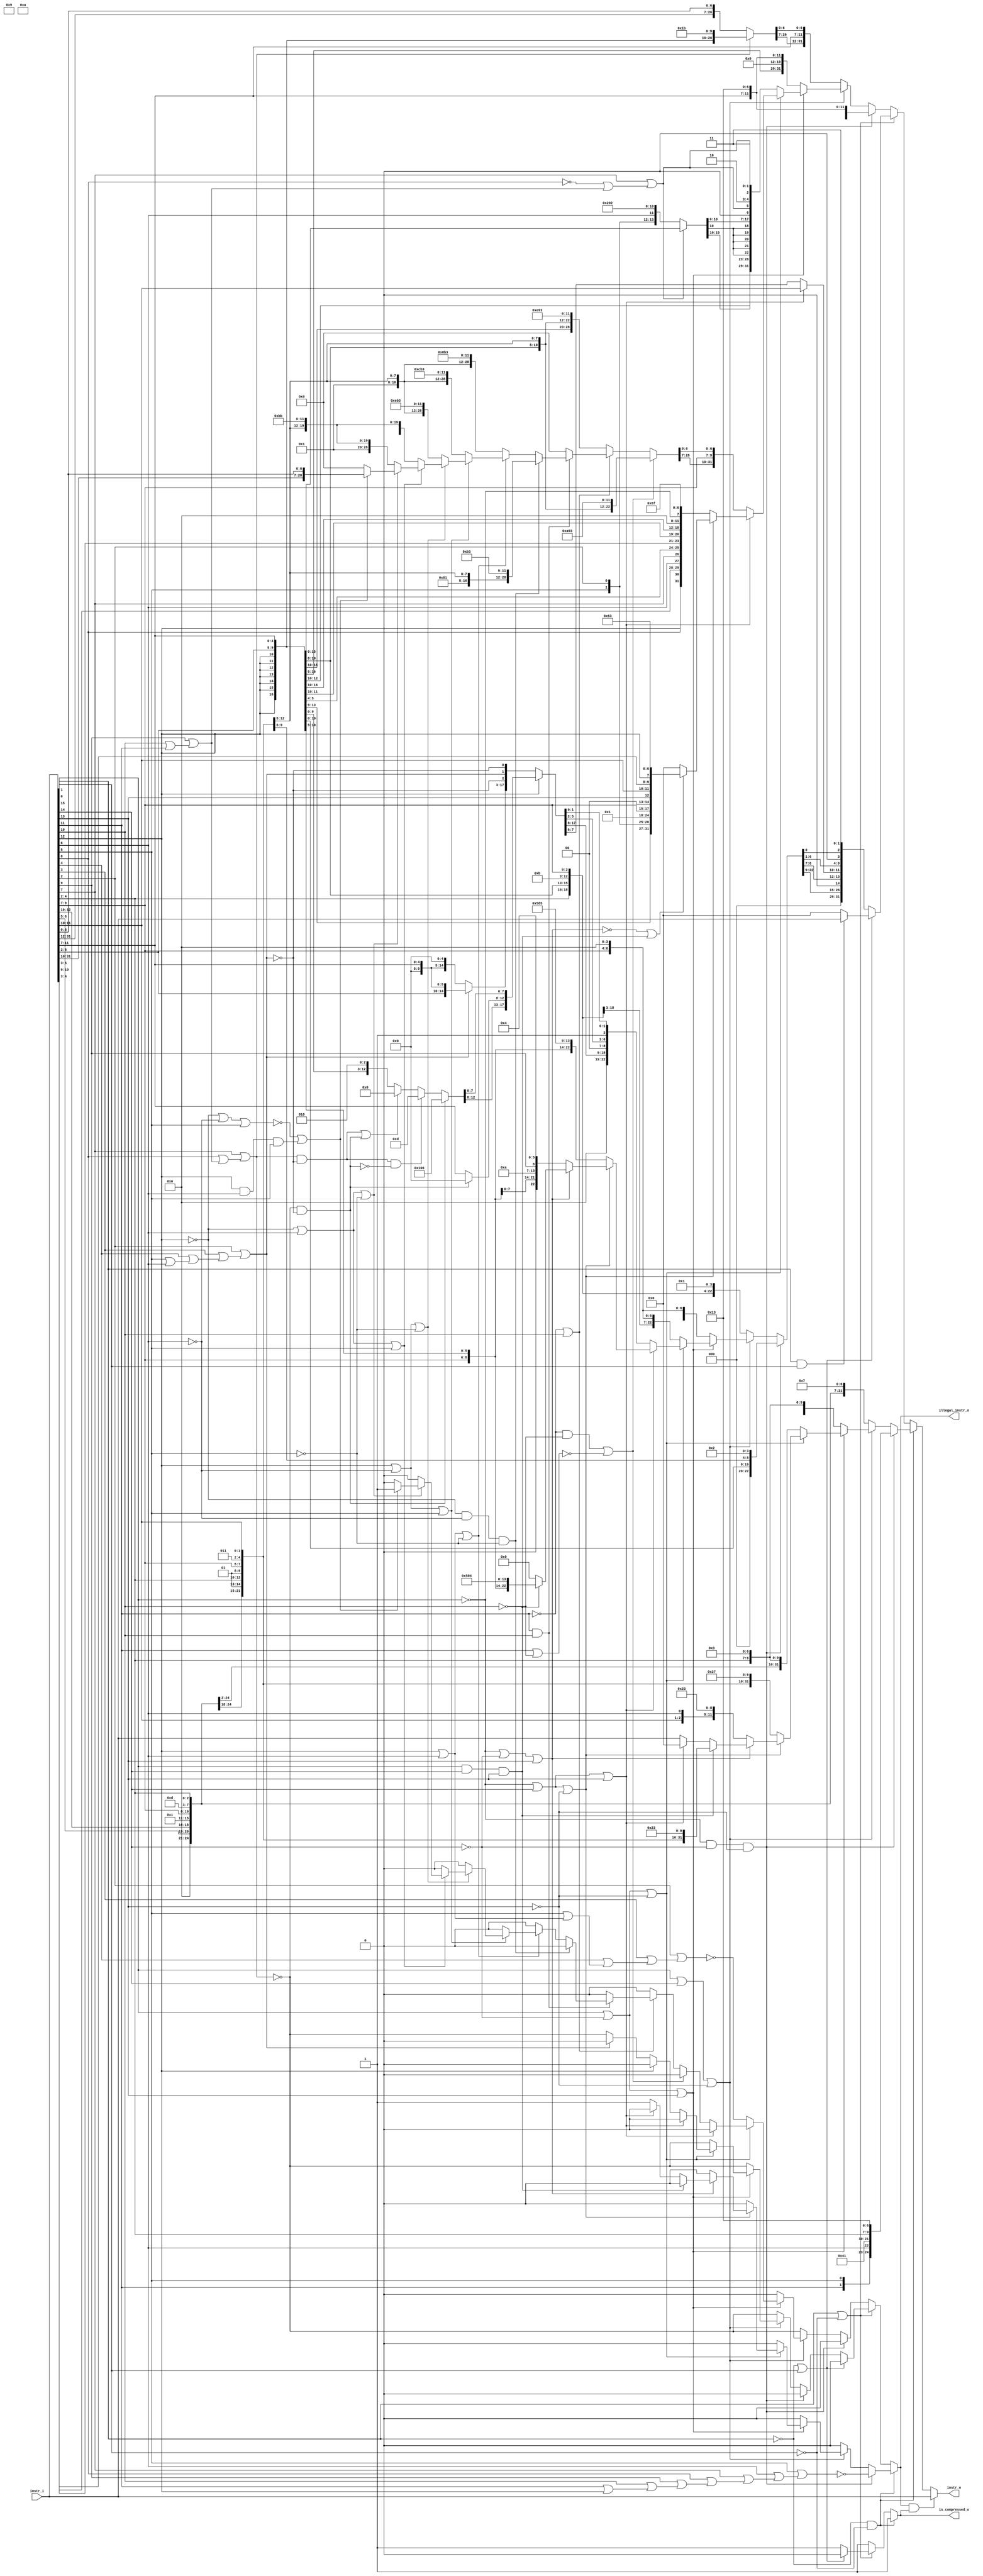
module compressed_decoder
(
  instr_i,
  instr_o,
  illegal_instr_o,
  is_compressed_o
);

  input [31:0] instr_i;
  output [31:0] instr_o;
  output illegal_instr_o;
  output is_compressed_o;
  wire [31:0] instr_o;
  wire illegal_instr_o,is_compressed_o,N0,N1,N2,N3,N4,N5,N6,N7,N8,N9,N10,N11,N12,N13,
  N14,N15,N16,N17,N18,N19,N20,N21,N22,N23,N24,N25,N26,N27,N28,N29,N30,N31,N32,N33,
  N34,N35,N36,N37,N38,N39,N40,N41,N42,N43,N44,N45,N46,N47,N48,N49,N50,N51,N52,N53,
  N54,N55,N56,N57,N58,N59,N60,N61,N62,N63,N64,N65,N66,N67,N68,N69,N70,N71,N72,N73,
  N74,N75,N76,N77,N78,N79,N80,N81,N82,N83,N84,N85,N86,N87,N88,N89,N90,N91,N92,N93,
  N94,N95,N96,N97,N98,N99,N100,N101,N102,N103,N104,N105,N106,N107,N108,N109,N110,
  N111,N112,N113,N114,N115,N116,N117,N118,N119,N120,N121,N122,N123,N124,N125,N126,
  N127,N128,N129,N130,N131,N132,N133,N134,N135,N136,N137,N138,N139,N140,N141,N142,
  N143,N144,N145,N146,N147,N148,N149,N150,N151,N152,N153,N154,N155,N156,N157,N158,
  N159,N160,N161,N162,N163,N164,N165,N166,N167,N168,N169,N170,N171,N172,N173,N174,
  N175,N176,N177,N178,N179,N180,N181,N182,N183,N184,N185,N186,N187,N188,N189,N190,
  N191,N192,N193,N194,N195,N196,N197,N198,N199,N200,N201,N202,N203,N204,N205,N206,
  N207,N208,N209,N210,N211,N212,N213,N214,N215,N216,N217,N218,N219,N220,N221,N222,
  N223,N224,N225,N226,N227,N228,N229,N230,N231,N232,N233,N234,N235,N236,N237,N238,
  N239,N240,N241,N242,N243,N244,N245,N246,N247,N248,N249,N250,N251,N252,N253,N254,
  N255,N256,N257,N258,N259,N260,N261,N262,N263,N264,N265,N266,N267,N268,N269,N270,
  N271,N272,N273,N274,N275,N276,N277,N278,N279,N280,N281,N282,N283,N284,N285,N286,
  N287,N288,N289,N290,N291,N292,N293,N294,N295,N296,N297,N298,N299,N300,N301,N302,
  N303,N304,N305,N306,N307,N308,N309,N310,N311,N312,N313,N314,N315,N316,N317,N318,
  N319,N320,N321,N322,N323,N324,N325,N326,N327,N328,N329,N330,N331,N332,N333,N334,
  N335,N336,N337,N338,N339,N340,N341,N342,N343,N344,N345,N346,N347,N348,N349,N350,
  N351,N352,N353,N354,N355,N356,N357,N358,N359,N360,N361,N362,N363,N364,N365,N366,
  N367,N368,N369,N370,N371,N372,N373,N374,N375,N376,N377,N378,N379,N380,N381,N382,
  N383,N384,N385,N386,N387,N388,N389,N390,N391,N392,N393,N394,N395,N396,N397,N398,
  N399,N400,N401,N402,N403,N404,N405,N406,N407,N408,N409,N410,N411,N412,N413,N414,
  N415;
  assign N36 = N34 & N35;
  assign N37 = instr_i[1] | N35;
  assign N39 = N34 | instr_i[0];
  assign N41 = instr_i[1] & instr_i[0];
  assign N44 = N231 & N42;
  assign N45 = N44 & N43;
  assign N46 = instr_i[15] | instr_i[14];
  assign N47 = N46 | N43;
  assign N49 = instr_i[15] | N42;
  assign N50 = N49 | instr_i[13];
  assign N52 = N49 | N43;
  assign N54 = N231 | instr_i[14];
  assign N55 = N54 | N43;
  assign N57 = N231 | N42;
  assign N58 = N57 | instr_i[13];
  assign N60 = instr_i[15] & instr_i[14];
  assign N61 = N60 & instr_i[13];
  assign N62 = N54 | instr_i[13];
  assign N143 = N141 & N142;
  assign N144 = instr_i[11] | N142;
  assign N146 = N141 | instr_i[10];
  assign N148 = instr_i[11] & instr_i[10];
  assign N151 = N413 & N149;
  assign N152 = N151 & N150;
  assign N153 = instr_i[12] | instr_i[6];
  assign N154 = N153 | N150;
  assign N156 = instr_i[12] | N149;
  assign N157 = N156 | instr_i[5];
  assign N159 = N156 | N150;
  assign N161 = N413 | instr_i[6];
  assign N162 = N161 | instr_i[5];
  assign N164 = N161 | N150;
  assign N166 = N413 | N149;
  assign N167 = N166 | instr_i[5];
  assign N168 = instr_i[12] & instr_i[6];
  assign N169 = N168 & instr_i[5];
  assign N385 = ~instr_i[8];
  assign N386 = instr_i[10] | instr_i[11];
  assign N387 = instr_i[9] | N386;
  assign N388 = N385 | N387;
  assign N389 = instr_i[7] | N388;
  assign N390 = ~N389;
  assign N391 = instr_i[5] | instr_i[6];
  assign N392 = instr_i[4] | N391;
  assign N393 = instr_i[3] | N392;
  assign N394 = instr_i[2] | N393;
  assign N395 = ~N394;
  assign N396 = instr_i[8] | N387;
  assign N397 = instr_i[7] | N396;
  assign N398 = ~N397;
  assign N399 = instr_i[11] | instr_i[12];
  assign N400 = instr_i[10] | N399;
  assign N401 = instr_i[9] | N400;
  assign N402 = instr_i[8] | N401;
  assign N403 = instr_i[7] | N402;
  assign N404 = instr_i[6] | N403;
  assign N405 = instr_i[5] | N404;
  assign N406 = ~N405;
  assign N407 = instr_i[6] | instr_i[12];
  assign N408 = instr_i[5] | N407;
  assign N409 = instr_i[4] | N408;
  assign N410 = instr_i[3] | N409;
  assign N411 = instr_i[2] | N410;
  assign N412 = ~N411;
  assign N413 = ~instr_i[12];
  assign { N95, N94, N93, N92, N91, N90, N89, N88, N87, N86, N85, N84, N83, N82, N81, N80, N79, N78, N77, N76, N75, N74, N73, N72, N71, N70, N69, N68, N67, N66, N65, N64 } = (N0)? { 1'b0, 1'b0, instr_i[10:7], instr_i[12:11], instr_i[5:5], instr_i[6:6], 1'b0, 1'b0, 1'b0, 1'b0, 1'b0, 1'b1, 1'b0, 1'b0, 1'b0, 1'b0, 1'b0, 1'b1, instr_i[4:2], 1'b0, 1'b0, 1'b1, 1'b0, 1'b0, 1'b1, 1'b1 } : 
                                                                                                                                                                              (N1)? { 1'b0, 1'b0, 1'b0, 1'b0, instr_i[6:5], instr_i[12:10], 1'b0, 1'b0, 1'b0, 1'b0, 1'b1, instr_i[9:7], 1'b0, 1'b1, 1'b1, 1'b0, 1'b1, instr_i[4:2], 1'b0, 1'b0, 1'b0, 1'b0, 1'b1, 1'b1, 1'b1 } : 
                                                                                                                                                                              (N2)? { 1'b0, 1'b0, 1'b0, 1'b0, 1'b0, instr_i[5:5], instr_i[12:10], instr_i[6:6], 1'b0, 1'b0, 1'b0, 1'b1, instr_i[9:7], 1'b0, 1'b1, 1'b0, 1'b0, 1'b1, instr_i[4:2], 1'b0, 1'b0, 1'b0, 1'b0, 1'b0, 1'b1, 1'b1 } : 
                                                                                                                                                                              (N3)? { 1'b0, 1'b0, 1'b0, 1'b0, instr_i[6:5], instr_i[12:10], 1'b0, 1'b0, 1'b0, 1'b0, 1'b1, instr_i[9:7], 1'b0, 1'b1, 1'b1, 1'b0, 1'b1, instr_i[4:2], 1'b0, 1'b0, 1'b0, 1'b0, 1'b0, 1'b1, 1'b1 } : 
                                                                                                                                                                              (N4)? { 1'b0, 1'b0, 1'b0, 1'b0, instr_i[6:5], instr_i[12:12], 1'b0, 1'b1, instr_i[4:2], 1'b0, 1'b1, instr_i[9:7], 1'b0, 1'b1, 1'b1, instr_i[11:10], 1'b0, 1'b0, 1'b0, 1'b0, 1'b1, 1'b0, 1'b0, 1'b1, 1'b1, 1'b1 } : 
                                                                                                                                                                              (N5)? { 1'b0, 1'b0, 1'b0, 1'b0, 1'b0, instr_i[5:5], instr_i[12:12], 1'b0, 1'b1, instr_i[4:2], 1'b0, 1'b1, instr_i[9:7], 1'b0, 1'b1, 1'b0, instr_i[11:10], instr_i[6:6], 1'b0, 1'b0, 1'b0, 1'b1, 1'b0, 1'b0, 1'b0, 1'b1, 1'b1 } : 
                                                                                                                                                                              (N6)? { 1'b0, 1'b0, 1'b0, 1'b0, instr_i[6:5], instr_i[12:12], 1'b0, 1'b1, instr_i[4:2], 1'b0, 1'b1, instr_i[9:7], 1'b0, 1'b1, 1'b1, instr_i[11:10], 1'b0, 1'b0, 1'b0, 1'b0, 1'b1, 1'b0, 1'b0, 1'b0, 1'b1, 1'b1 } : 
                                                                                                                                                                              (N7)? instr_i : 1'b0;
  assign N0 = N45;
  assign N1 = N48;
  assign N2 = N51;
  assign N3 = N53;
  assign N4 = N56;
  assign N5 = N59;
  assign N6 = N61;
  assign N7 = N63;
  assign N96 = (N0)? N406 : 
               (N1)? 1'b0 : 
               (N2)? 1'b0 : 
               (N3)? 1'b0 : 
               (N4)? 1'b0 : 
               (N5)? 1'b0 : 
               (N6)? 1'b0 : 
               (N7)? 1'b1 : 1'b0;
  assign { N124, N123, N122, N121, N120, N119, N118, N117, N116, N115, N114, N113, N112, N111, N110, N109, N108, N107, N106, N105, N104, N103, N102, N101, N100, N99, N98 } = (N8)? { instr_i[12:12], instr_i[12:12], instr_i[12:12], instr_i[12:12], instr_i[12:12], instr_i[12:12], instr_i[12:12], instr_i[6:2], instr_i[11:7], 1'b0, 1'b0, 1'b0, 1'b0, 1'b0, 1'b1, 1'b1, 1'b0, 1'b1, 1'b1 } : 
                                                                                                                                                                              (N9)? { instr_i[31:12], instr_i[6:0] } : 1'b0;
  assign N8 = N397;
  assign N9 = N398;
  assign { N140, N139, N138, N137, N136, N135, N134, N133, N132, N131, N130, N129, N128, N127, N126, N125 } = (N10)? { instr_i[4:3], instr_i[5:5], instr_i[2:2], instr_i[6:6], 1'b0, 1'b1, 1'b0, 1'b0, 1'b0, 1'b0, 1'b0, 1'b0, 1'b0, 1'b1, 1'b0 } : 
                                                                                                              (N11)? { instr_i[12:12], instr_i[12:12], instr_i[12:12], instr_i[12:12], instr_i[12:12], instr_i[12:12], instr_i[6:2], instr_i[11:7] } : 1'b0;
  assign N10 = N390;
  assign N11 = N389;
  assign { N199, N198, N197, N196, N195, N194, N193, N192, N191, N190, N189, N188, N187, N186, N185, N184, N183, N182, N181, N180, N179, N178, N177, N176, N175, N174, N173, N172, N171 } = (N12)? { 1'b0, 1'b1, 1'b0, 1'b0, 1'b0, 1'b0, 1'b0, 1'b0, 1'b1, instr_i[4:2], 1'b0, 1'b1, instr_i[9:7], 1'b0, 1'b0, 1'b0, 1'b0, 1'b1, 1'b0, 1'b1, 1'b1, 1'b0, 1'b0, 1'b1, 1'b1 } : 
                                                                                                                                                                                            (N13)? { 1'b0, 1'b0, 1'b0, 1'b0, 1'b0, 1'b0, 1'b0, 1'b0, 1'b1, instr_i[4:2], 1'b0, 1'b1, instr_i[9:7], 1'b1, 1'b0, 1'b0, 1'b0, 1'b1, 1'b0, 1'b1, 1'b1, 1'b0, 1'b0, 1'b1, 1'b1 } : 
                                                                                                                                                                                            (N14)? { 1'b0, 1'b0, 1'b0, 1'b0, 1'b0, 1'b0, 1'b0, 1'b0, 1'b1, instr_i[4:2], 1'b0, 1'b1, instr_i[9:7], 1'b1, 1'b1, 1'b0, 1'b0, 1'b1, 1'b0, 1'b1, 1'b1, 1'b0, 1'b0, 1'b1, 1'b1 } : 
                                                                                                                                                                                            (N15)? { 1'b0, 1'b0, 1'b0, 1'b0, 1'b0, 1'b0, 1'b0, 1'b0, 1'b1, instr_i[4:2], 1'b0, 1'b1, instr_i[9:7], 1'b1, 1'b1, 1'b1, 1'b0, 1'b1, 1'b0, 1'b1, 1'b1, 1'b0, 1'b0, 1'b1, 1'b1 } : 
                                                                                                                                                                                            (N16)? { 1'b0, 1'b1, 1'b0, 1'b0, 1'b0, 1'b0, 1'b0, 1'b0, 1'b1, instr_i[4:2], 1'b0, 1'b1, instr_i[9:7], 1'b0, 1'b0, 1'b0, 1'b0, 1'b1, 1'b0, 1'b1, 1'b1, 1'b1, 1'b0, 1'b1, 1'b1 } : 
                                                                                                                                                                                            (N17)? { 1'b0, 1'b0, 1'b0, 1'b0, 1'b0, 1'b0, 1'b0, 1'b0, 1'b1, instr_i[4:2], 1'b0, 1'b1, instr_i[9:7], 1'b0, 1'b0, 1'b0, 1'b0, 1'b1, 1'b0, 1'b1, 1'b1, 1'b1, 1'b0, 1'b1, 1'b1 } : 
                                                                                                                                                                                            (N18)? { instr_i[31:10], instr_i[6:0] } : 1'b0;
  assign N12 = N152;
  assign N13 = N155;
  assign N14 = N158;
  assign N15 = N160;
  assign N16 = N163;
  assign N17 = N165;
  assign N18 = N170;
  assign N200 = (N12)? 1'b0 : 
                (N13)? 1'b0 : 
                (N14)? 1'b0 : 
                (N15)? 1'b0 : 
                (N16)? 1'b0 : 
                (N17)? 1'b0 : 
                (N18)? 1'b1 : 1'b0;
  assign { N229, N228, N227, N226, N225, N224, N223, N222, N221, N220, N219, N218, N217, N216, N215, N214, N213, N212, N211, N210, N209, N208, N207, N206, N205, N204, N203, N202, N201 } = (N19)? { 1'b0, instr_i[10:10], 1'b0, 1'b0, 1'b0, 1'b0, instr_i[12:12], instr_i[6:2], 1'b0, 1'b1, instr_i[9:7], 1'b1, 1'b0, 1'b1, 1'b0, 1'b1, 1'b0, 1'b0, 1'b1, 1'b0, 1'b0, 1'b1, 1'b1 } : 
                                                                                                                                                                                            (N20)? { instr_i[12:12], instr_i[12:12], instr_i[12:12], instr_i[12:12], instr_i[12:12], instr_i[12:12], instr_i[12:12], instr_i[6:2], 1'b0, 1'b1, instr_i[9:7], 1'b1, 1'b1, 1'b1, 1'b0, 1'b1, 1'b0, 1'b0, 1'b1, 1'b0, 1'b0, 1'b1, 1'b1 } : 
                                                                                                                                                                                            (N21)? { N199, N198, N197, N196, N195, N194, N193, N192, N191, N190, N189, N188, N187, N186, N185, N184, N183, N182, N181, N180, N179, N178, N177, N176, N175, N174, N173, N172, N171 } : 1'b0;
  assign N19 = N145;
  assign N20 = N147;
  assign N21 = N148;
  assign N230 = (N19)? 1'b0 : 
                (N20)? 1'b0 : 
                (N21)? N200 : 1'b0;
  assign { N263, N262, N261, N260, N259, N258, N257, N256, N255, N254, N253, N252, N251, N250, N249, N248, N247, N246, N245, N244, N243, N242, N241, N240, N239, N238, N237, N236, N235, N234, N233, N232 } = (N0)? { instr_i[12:12], instr_i[12:12], instr_i[12:12], instr_i[12:12], instr_i[12:12], instr_i[12:12], instr_i[12:12], instr_i[6:2], instr_i[11:7], 1'b0, 1'b0, 1'b0, instr_i[11:7], 1'b0, 1'b0, 1'b1, 1'b0, 1'b0, 1'b1, 1'b1 } : 
                                                                                                                                                                                                              (N1)? { N124, N123, N122, N121, N120, N119, N118, N117, N116, N115, N114, N113, N112, N111, N110, N109, N108, N107, N106, N105, instr_i[11:7], N104, N103, N102, N101, N100, N99, N98 } : 
                                                                                                                                                                                                              (N2)? { instr_i[12:12], instr_i[12:12], instr_i[12:12], instr_i[12:12], instr_i[12:12], instr_i[12:12], instr_i[12:12], instr_i[6:2], 1'b0, 1'b0, 1'b0, 1'b0, 1'b0, 1'b0, 1'b0, 1'b0, instr_i[11:7], 1'b0, 1'b0, 1'b1, 1'b0, 1'b0, 1'b1, 1'b1 } : 
                                                                                                                                                                                                              (N3)? { instr_i[12:12], instr_i[12:12], instr_i[12:12], N140, N139, N138, N137, N136, N135, N135, N135, N135, N135, N135, N135, N134, N133, N132, N131, N130, N129, N128, N127, N126, N125, 1'b0, N389, 1'b1, 1'b0, N389, 1'b1, 1'b1 } : 
                                                                                                                                                                                                              (N7)? { N229, N228, N227, N226, N225, N224, N223, N222, N221, N220, N219, N218, N217, N216, N215, N214, N213, N212, N211, N210, N209, N208, instr_i[9:7], N207, N206, N205, N204, N203, N202, N201 } : 
                                                                                                                                                                                                              (N4)? { instr_i[12:12], instr_i[8:8], instr_i[10:9], instr_i[6:6], instr_i[7:7], instr_i[2:2], instr_i[11:11], instr_i[5:3], instr_i[12:12], instr_i[12:12], instr_i[12:12], instr_i[12:12], instr_i[12:12], instr_i[12:12], instr_i[12:12], instr_i[12:12], instr_i[12:12], 1'b0, 1'b0, 1'b0, 1'b0, N231, 1'b1, 1'b1, 1'b0, 1'b1, 1'b1, 1'b1, 1'b1 } : 
                                                                                                                                                                                                              (N22)? { instr_i[12:12], instr_i[12:12], instr_i[12:12], instr_i[12:12], instr_i[6:5], instr_i[2:2], 1'b0, 1'b0, 1'b0, 1'b0, 1'b0, 1'b0, 1'b1, instr_i[9:7], 1'b0, 1'b0, instr_i[13:13], instr_i[11:10], instr_i[4:3], instr_i[12:12], 1'b1, 1'b1, 1'b0, 1'b0, 1'b0, 1'b1, 1'b1 } : 1'b0;
  assign N22 = N97;
  assign N264 = (N0)? 1'b0 : 
                (N1)? N398 : 
                (N2)? 1'b0 : 
                (N3)? N412 : 
                (N7)? N230 : 
                (N4)? 1'b0 : 
                (N22)? 1'b0 : 1'b0;
  assign { N279, N278, N277, N276, N275, N274, N273, N272, N271, N270, N269, N268, N267, N266, N265 } = (N23)? { 1'b0, 1'b0, 1'b0, 1'b0, 1'b0, instr_i[11:7], 1'b0, 1'b0, 1'b0, 1'b0, 1'b0 } : 
                                                                                                        (N24)? { instr_i[6:2], 1'b0, 1'b0, 1'b0, 1'b0, 1'b0, instr_i[11:7] } : 1'b0;
  assign N23 = N395;
  assign N24 = N394;
  assign N280 = (N23)? N398 : 
                (N24)? 1'b0 : 1'b0;
  assign { N303, N302, N301, N300, N299, N292, N291, N290, N289, N288, N287, N286, N285 } = (N25)? { 1'b0, 1'b0, 1'b0, 1'b0, 1'b1, 1'b0, 1'b0, 1'b0, 1'b0, 1'b0, 1'b1, 1'b1, 1'b0 } : 
                                                                                            (N384)? { 1'b0, 1'b0, 1'b0, 1'b0, 1'b0, 1'b0, 1'b0, 1'b0, 1'b0, 1'b1, 1'b1, 1'b0, 1'b1 } : 
                                                                                            (N284)? { instr_i[6:2], instr_i[11:7], 1'b0, 1'b1, 1'b0 } : 1'b0;
  assign N25 = N281;
  assign { N298, N297, N296, N295, N294 } = (N25)? { 1'b0, 1'b0, 1'b0, 1'b0, 1'b0 } : 
                                            (N293)? instr_i[11:7] : 
                                            (N26)? instr_i[11:7] : 1'b0;
  assign N26 = 1'b0;
  assign { N321, N320, N319, N318, N317, N316, N315, N314, N313, N312, N311, N310, N309, N308, N307, N306, N305, N304 } = (N27)? { N279, N278, N277, N276, N275, N274, N273, N272, N271, N270, N269, N268, N267, N266, N265, N395, N394, N395 } : 
                                                                                                                          (N28)? { N303, N302, N301, N300, N299, N298, N297, N296, N295, N294, N292, N291, N290, N289, N288, N287, N286, N285 } : 1'b0;
  assign N27 = N413;
  assign N28 = instr_i[12];
  assign N322 = (N27)? N280 : 
                (N28)? 1'b0 : 1'b0;
  assign { N348, N347, N346, N345, N344, N343, N342, N341, N340, N339, N338, N337, N336, N335, N334, N333, N329, N328, N327, N326, N325, N324, N323 } = (N0)? { 1'b0, 1'b0, 1'b0, instr_i[12:12], instr_i[6:2], instr_i[11:7], 1'b0, 1'b1, instr_i[9:7], 1'b0, 1'b0, 1'b1, 1'b0 } : 
                                                                                                                                                        (N1)? { instr_i[4:2], instr_i[12:12], instr_i[6:5], 1'b0, 1'b0, 1'b0, 1'b0, 1'b0, 1'b0, 1'b1, 1'b0, 1'b1, 1'b1, instr_i[9:7], 1'b0, 1'b0, 1'b0, 1'b1 } : 
                                                                                                                                                        (N2)? { 1'b0, instr_i[3:2], instr_i[12:12], instr_i[6:4], 1'b0, 1'b0, 1'b0, 1'b0, 1'b0, 1'b1, 1'b0, 1'b1, 1'b0, instr_i[9:7], 1'b0, 1'b0, 1'b0, 1'b0 } : 
                                                                                                                                                        (N3)? { instr_i[4:2], instr_i[12:12], instr_i[6:5], 1'b0, 1'b0, 1'b0, 1'b0, 1'b0, 1'b0, 1'b1, 1'b0, 1'b1, 1'b1, instr_i[9:7], 1'b0, 1'b0, 1'b0, 1'b0 } : 
                                                                                                                                                        (N7)? { 1'b0, 1'b0, 1'b0, 1'b0, N321, N320, N319, N318, N317, N316, N315, N314, N313, N312, 1'b0, 1'b0, N309, N308, N307, N306, 1'b1, N305, N304 } : 
                                                                                                                                                        (N4)? { instr_i[9:7], instr_i[12:12], instr_i[6:2], 1'b0, 1'b0, 1'b0, 1'b1, 1'b0, 1'b1, 1'b1, 1'b0, 1'b0, 1'b0, 1'b0, 1'b1, 1'b0, 1'b1 } : 
                                                                                                                                                        (N5)? { 1'b0, instr_i[8:7], instr_i[12:12], instr_i[6:2], 1'b0, 1'b0, 1'b0, 1'b1, 1'b0, 1'b1, 1'b0, instr_i[9:9], 1'b0, 1'b0, 1'b0, 1'b1, 1'b0, 1'b0 } : 
                                                                                                                                                        (N6)? { instr_i[9:7], instr_i[12:12], instr_i[6:2], 1'b0, 1'b0, 1'b0, 1'b1, 1'b0, 1'b1, 1'b1, 1'b0, 1'b0, 1'b0, 1'b0, 1'b1, 1'b0, 1'b0 } : 1'b0;
  assign { N332, N331 } = (N7)? { N311, N310 } : 
                          (N330)? instr_i[11:10] : 1'b0;
  assign N349 = (N0)? 1'b0 : 
                (N1)? N398 : 
                (N2)? N398 : 
                (N3)? N398 : 
                (N7)? N322 : 
                (N4)? 1'b0 : 
                (N5)? 1'b0 : 
                (N6)? 1'b0 : 1'b0;
  assign { N381, N380, N379, N378, N377, N376, N375, N374, N373, N372, N371, N370, N369, N368, N367, N366, N365, N364, N363, N362, N361, N360, N359, N358, N357, N356, N355, N354, N353, N352, N351, N350 } = (N29)? { N95, N94, N93, N92, N91, N90, N89, N88, N87, N86, N85, N84, N83, N82, N81, N80, N79, N78, N77, N76, N75, N74, N73, N72, N71, N70, N69, N68, N67, N66, N65, N64 } : 
                                                                                                                                                                                                              (N30)? { N263, N262, N261, N260, N259, N258, N257, N256, N255, N254, N253, N252, N251, N250, N249, N248, N247, N246, N245, N244, N243, N242, N241, N240, N239, N238, N237, N236, N235, N234, N233, N232 } : 
                                                                                                                                                                                                              (N31)? { 1'b0, 1'b0, 1'b0, N348, N347, N346, N345, N344, N343, N342, N341, N340, N339, N338, N337, N336, N335, 1'b0, N334, N333, N332, N331, N329, N328, N327, N326, N325, N324, 1'b0, N323, 1'b1, 1'b1 } : 
                                                                                                                                                                                                              (N32)? instr_i : 1'b0;
  assign N29 = N36;
  assign N30 = N38;
  assign N31 = N40;
  assign N32 = N41;
  assign illegal_instr_o = (N29)? N96 : 
                           (N30)? N264 : 
                           (N31)? N349 : 
                           (N32)? 1'b0 : 1'b0;
  assign is_compressed_o = (N29)? 1'b1 : 
                           (N30)? 1'b1 : 
                           (N31)? 1'b1 : 
                           (N32)? 1'b0 : 1'b0;
  assign instr_o = (N33)? instr_i : 
                   (N383)? { N381, N380, N379, N378, N377, N376, N375, N374, N373, N372, N371, N370, N369, N368, N367, N366, N365, N364, N363, N362, N361, N360, N359, N358, N357, N356, N355, N354, N353, N352, N351, N350 } : 1'b0;
  assign N33 = N382;
  assign N34 = ~instr_i[1];
  assign N35 = ~instr_i[0];
  assign N38 = ~N37;
  assign N40 = ~N39;
  assign N42 = ~instr_i[14];
  assign N43 = ~instr_i[13];
  assign N48 = ~N47;
  assign N51 = ~N50;
  assign N53 = ~N52;
  assign N56 = ~N55;
  assign N59 = ~N58;
  assign N63 = ~N62;
  assign N97 = N59 | N61;
  assign N141 = ~instr_i[11];
  assign N142 = ~instr_i[10];
  assign N145 = N143 | N414;
  assign N414 = ~N144;
  assign N147 = ~N146;
  assign N149 = ~instr_i[6];
  assign N150 = ~instr_i[5];
  assign N155 = ~N154;
  assign N158 = ~N157;
  assign N160 = ~N159;
  assign N163 = ~N162;
  assign N165 = ~N164;
  assign N170 = N415 | N169;
  assign N415 = ~N167;
  assign N231 = ~instr_i[15];
  assign N281 = N398 & N395;
  assign N282 = N397 & N395;
  assign N283 = N282 | N281;
  assign N284 = ~N283;
  assign N293 = ~N281;
  assign N330 = N62;
  assign N382 = illegal_instr_o & is_compressed_o;
  assign N383 = ~N382;
  assign N384 = N282 & N293;

endmodule